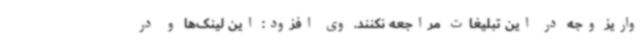
واریز وجه در این تبلیغات مراجعه نکنند. وی افزود: این لینک‌ها و در